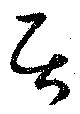
居